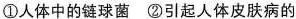
①人体中的链球菌②引起人体皮肤病的